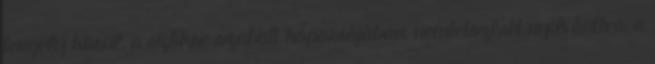
tengely körül, a szőkre szabott koporsójában, nemtetszését nyilvánítva, a